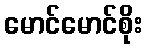
မောင်မောင်စိုး